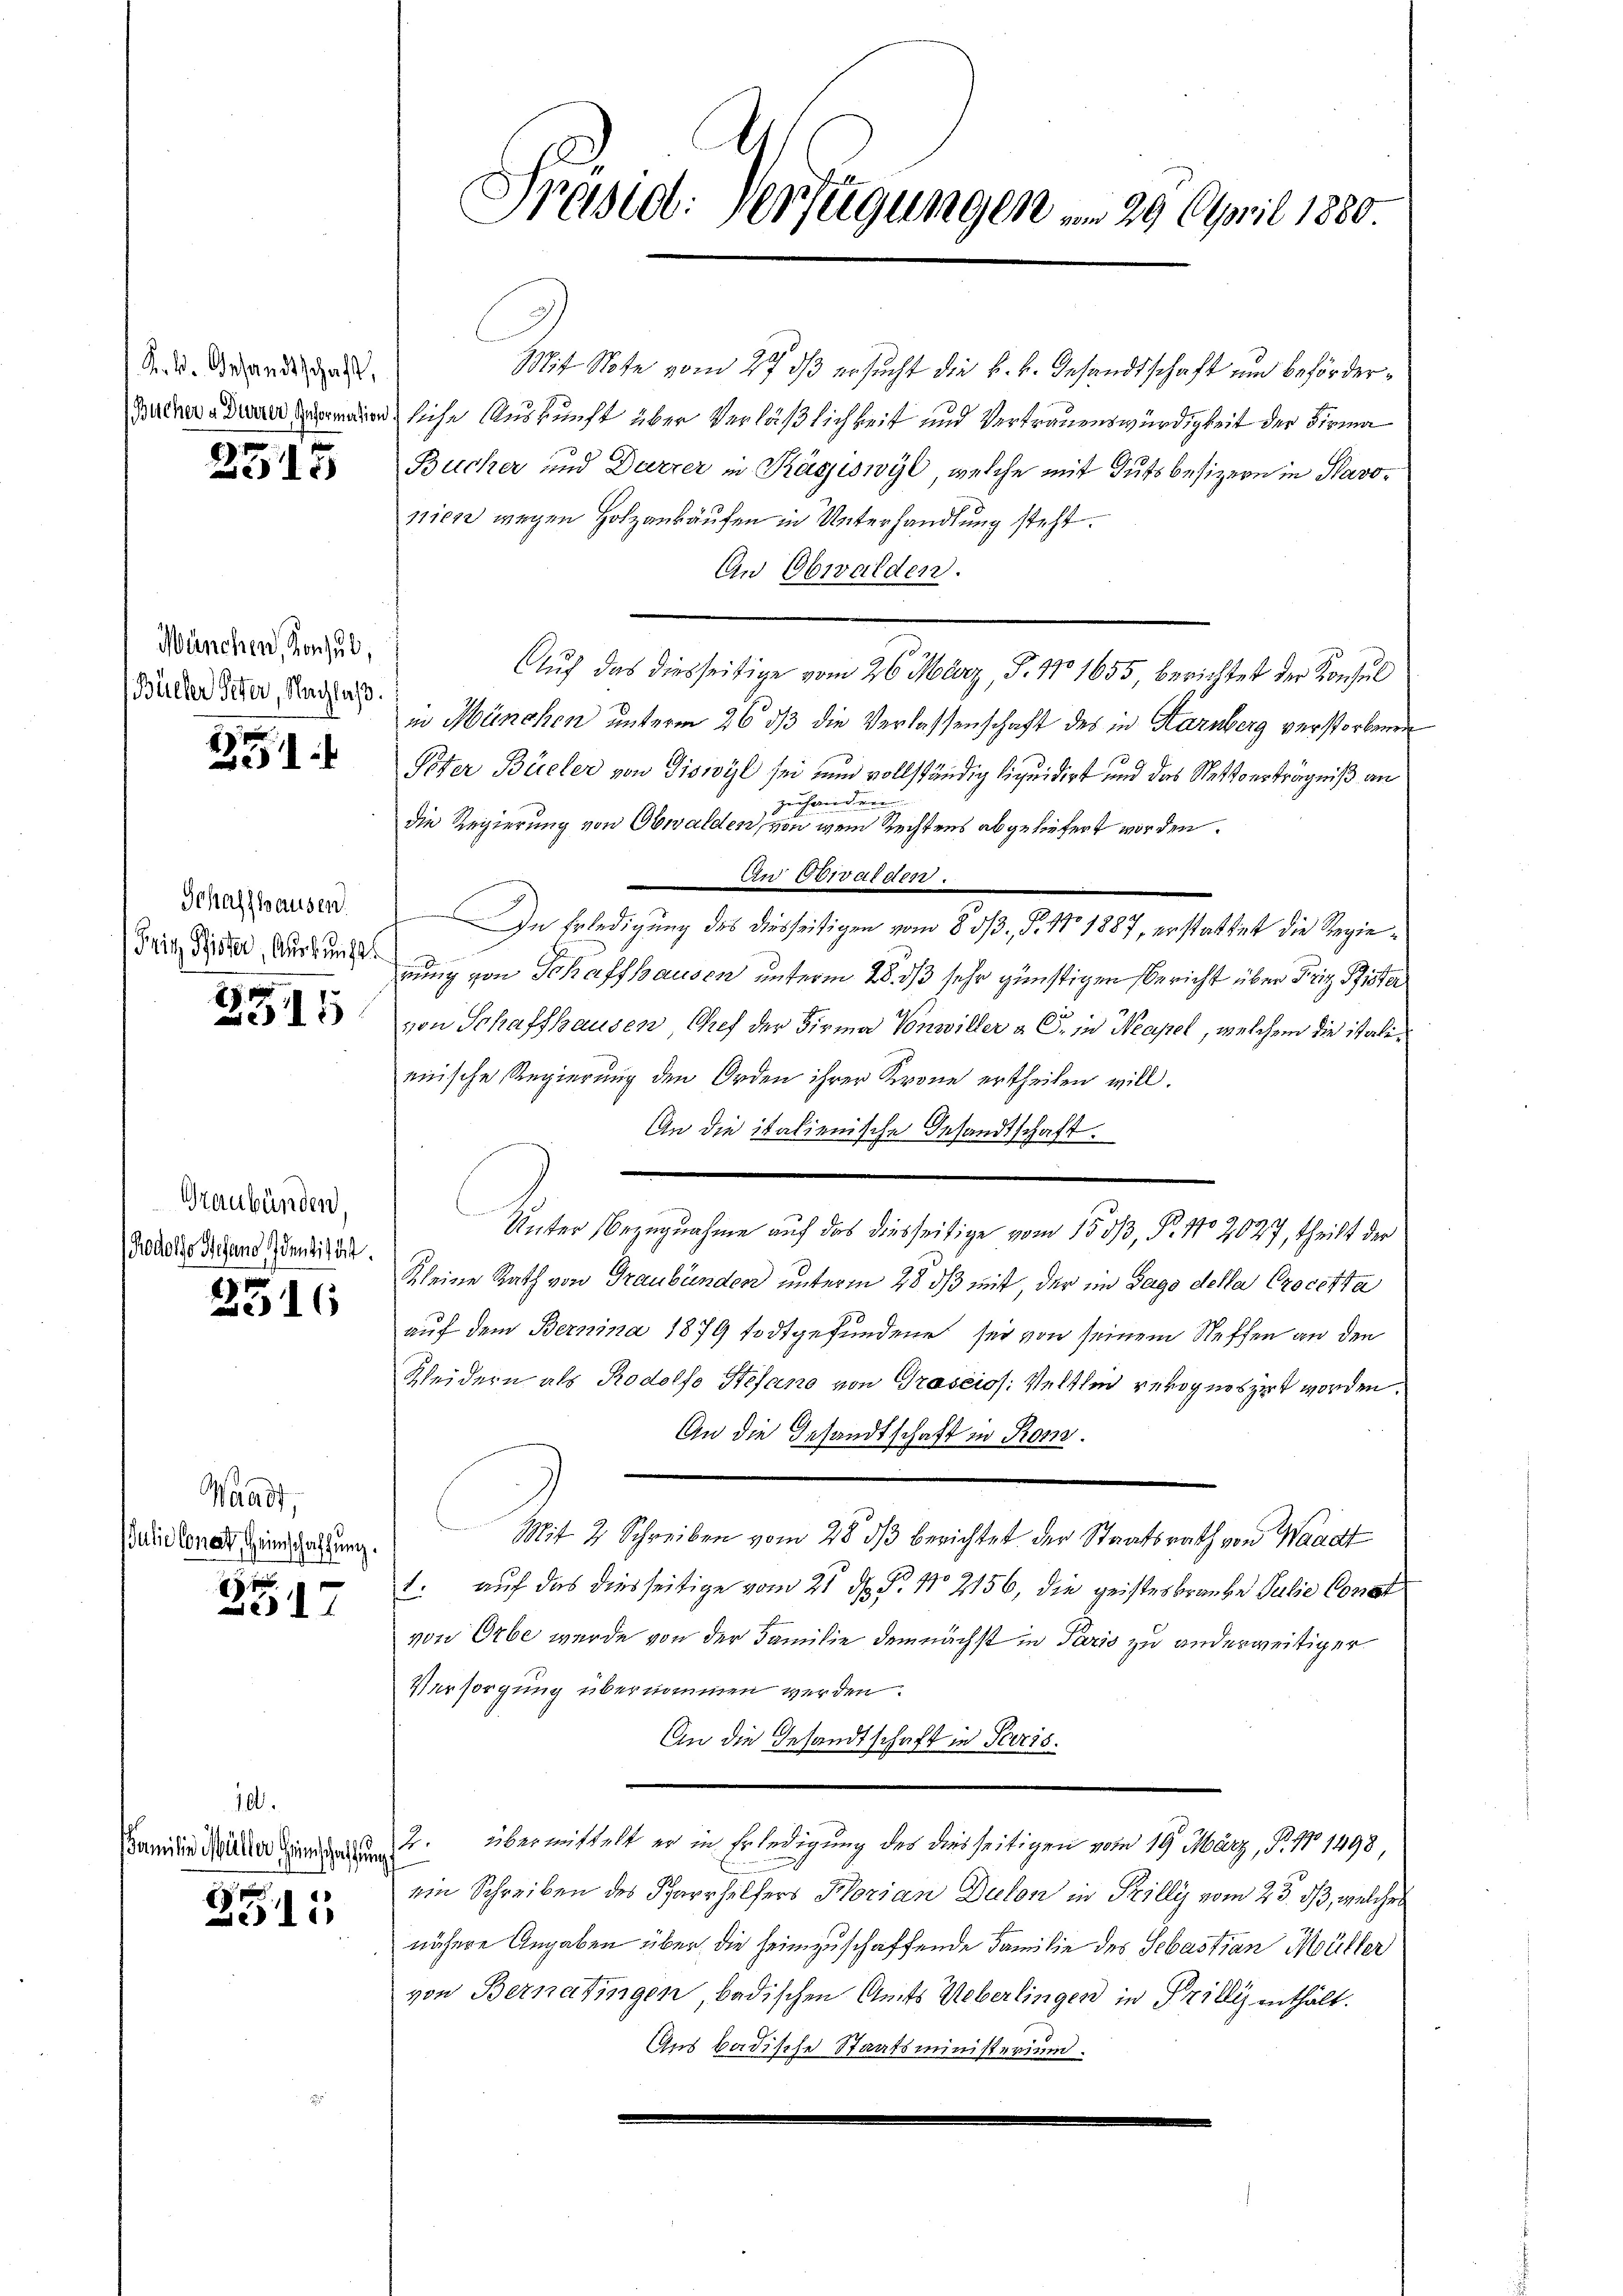
K. k. Gesandtschaft,

2515

München, Konsul,
Büeler Peter, Nachlaß.

21

Schaffhausen.
Fritz Pfister, Gurkunge

2515

Graubünden,
Rodolso Gefand Identität.

2516

Waadt,
JJulio Conat, Heinschaffung.

2517

10.
Familie Müller Heimschaffung

351

Präsid. Verfügungen am 25. April 1880

Mit Note vom 27. ds ersucht die k. k. Gesandtschaft und Beförder¬
Bucher die man siche Auskunft über Verläßlichkeit und Vertrauenswürdigkeit der Firma
Bucher und Dürrer in Kägiswyl, welche mit Gutsbesizern in Slavonien wegen Holzankäufen in Unterhandlung steht.
An Obwalden.
Auf das diesseitige vom 26. März, S. 11. 1655, berichtet der Konsul
in München unterm 26 dß die Verlassenschaft des in Karnberg verstorbenen
Pöter Büeler von Tiswyl sei nun vollständig liquidirt und das Nettverträgniß an
zuhanden
die Regierung von Obwalden, von wem Rechtens abgeliefert worden.
An Obwalden.
In Erledigung des diesseitigen vom 8. 513., S. 17. 1887, erstattet die Regienung von Schaffhausen unterm 28. ds sehr günstigen Bericht über Friz Pfister
von Schaffhausen, Chef der Firma Vonwiller a. O. in Neapel, welchem die italimische Regierung den Orden ihrer Krone ertheilen will.
An die italienische Gesandtschaft.
Unter Bezugnahme auf das diesseitige vom 1533, P. No 2027, theilt der
Kleine Rath von Graubünden unterm 28 ds mit, der im Tage della Procetta
auf dem Bernina 1879 todtgefundene sei von seinem Steffen an den
Kleidern als Rodolf Stefano von Grasciss: Velthei rerognoszirt worden.
An die Gesandtschaft in Rom.
Mit 2 Schreiben vom 28. dβ berichtet der Staatsrath von Waadt
1. auf das diesseitige vom 21. d. P. No 2156, die geisteskranke Julie Const
von Orbe wurde von der Familie demnächst in Paris zu anderweitiger
Versorgung übernommen werden.
An die Gesandtschaft in Seris
2. übermittelt er in Erledigung des diesseitigen vom 19. März, P. 11 1498
ein Schreiben des Pfarrhelfers Florian Dulon in Prilly vom 23. ds, welches
nähere Angaben über die heimzuschaffende Familie des Sebastian Müller
von Bernatingen, badischen Amts Ueberlingen in Prillig enthält.
Aus badische Staatsministerium.